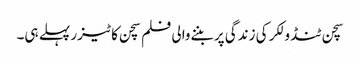
سچن ٹنڈولکر کی زندگی پر بننےوالی فلم سچن کا ٹیزر پہلے ہی۔